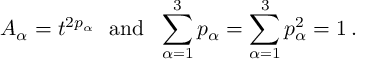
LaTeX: A _ { \alpha } = t ^ { 2 p _ { \alpha } } ~ ~ \mathrm { a n d } ~ ~ \sum _ { \alpha = 1 } ^ { 3 } p _ { \alpha } = \sum _ { \alpha = 1 } ^ { 3 } p _ { \alpha } ^ { 2 } = 1 \, .